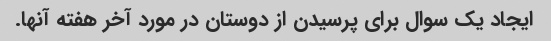
ایجاد یک سوال برای پرسیدن از دوستان در مورد آخر هفته آنها.